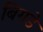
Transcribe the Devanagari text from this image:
बिगडे